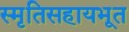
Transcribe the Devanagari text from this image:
स्मृतिसहायभूत